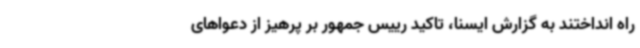
راه انداختند به گزارش ایسنا، تاکید رییس جمهور بر پرهیز از دعواهای